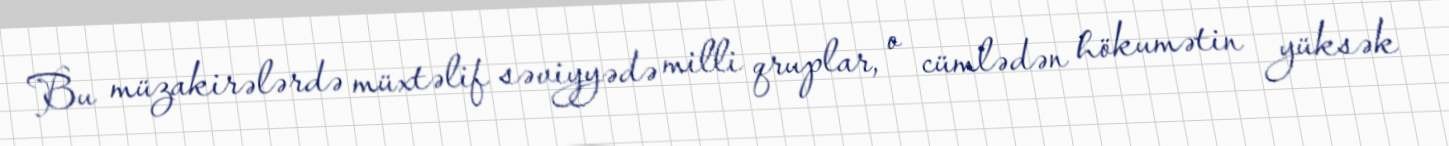
Bu müzakirələrdə müxtəlif səviyyədə milli qruplar, o cümlədən hökumətin yüksək